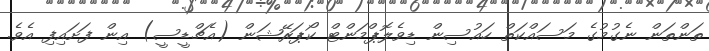
ތަންތަން ނެގުމުގެ މަސައްކަތް ހައުސިން ޑިވެލޮޕްމަންޓް ކޯޕަރޭޝަން (އެޗްޑީސީ) އިން ފަށައިފި އެވެ.